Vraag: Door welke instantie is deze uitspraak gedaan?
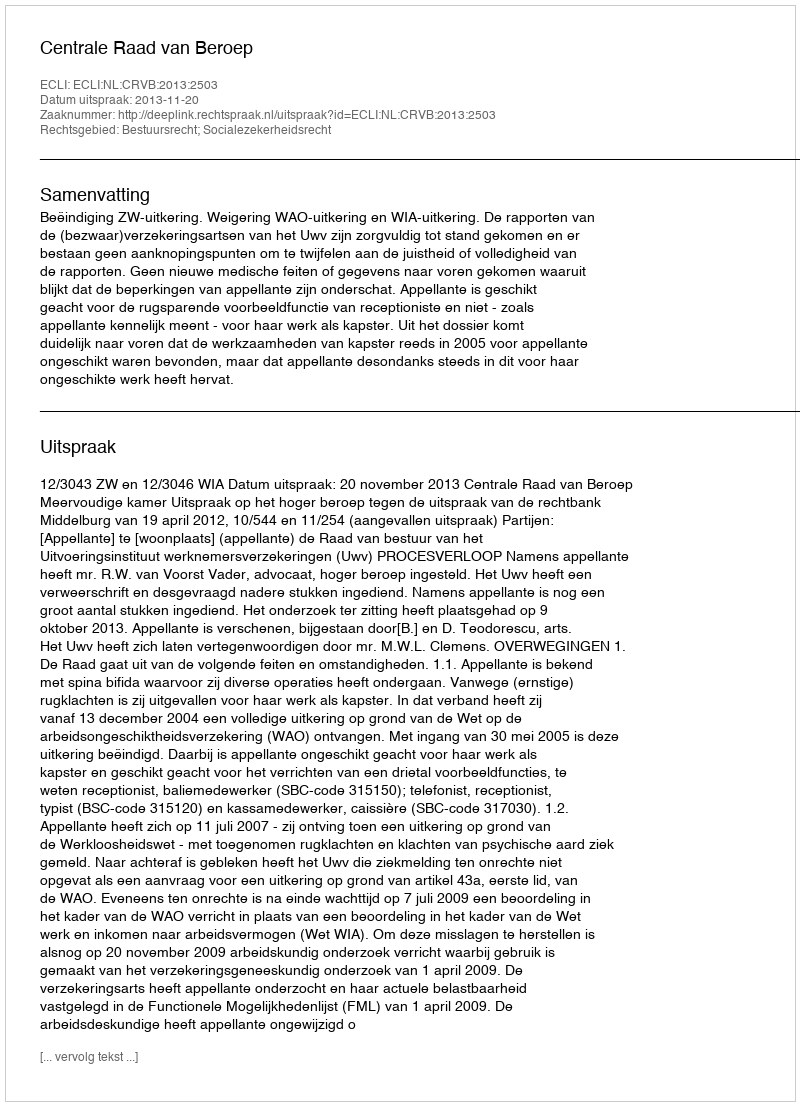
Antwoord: Centrale Raad van Beroep